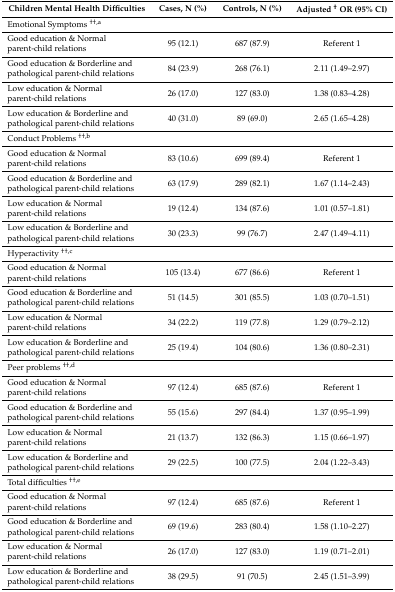
<table><thead><tr><td><b>Children Mental Health Difficulties</b></td><td><b>Cases, N (%)</b></td><td><b>Controls, N (%)</b></td><td><b>Adjusted <sup>†</sup> OR (95% CI)</b></td></tr></thead><tbody><tr><td>Emotional Symptoms <sup>††,a</sup></td><td></td><td></td><td></td></tr><tr><td>Good education &amp; Normal parent-child relations</td><td>95 (12.1)</td><td>687 (87.9)</td><td>Referent 1</td></tr><tr><td>Good education &amp; Borderline and pathological parent-child relations</td><td>84 (23.9)</td><td>268 (76.1)</td><td>2.11 (1.49–2.97)</td></tr><tr><td>Low education &amp; Normal parent-child relations</td><td>26 (17.0)</td><td>127 (83.0)</td><td>1.38 (0.83–4.28)</td></tr><tr><td>Low education &amp; Borderline and pathological parent-child relations</td><td>40 (31.0)</td><td>89 (69.0)</td><td>2.65 (1.65–4.28)</td></tr><tr><td colspan="2">Conduct Problems <sup>††,b</sup></td><td></td><td></td></tr><tr><td>Good education &amp; Normal parent-child relations</td><td>83 (10.6)</td><td>699 (89.4)</td><td>Referent 1</td></tr><tr><td>Good education &amp; Borderline and pathological parent-child relations</td><td>63 (17.9)</td><td>289 (82.1)</td><td>1.67 (1.14–2.43)</td></tr><tr><td>Low education &amp; Normal parent-child relations</td><td>19 (12.4)</td><td>134 (87.6)</td><td>1.01 (0.57–1.81)</td></tr><tr><td>Low education &amp; Borderline and pathological parent-child relations</td><td>30 (23.3)</td><td>99 (76.7)</td><td>2.47 (1.49–4.11)</td></tr><tr><td>Hyperactivity <sup>††,c</sup></td><td></td><td></td><td></td></tr><tr><td>Good education &amp; Normal parent-child relations</td><td>105 (13.4)</td><td>677 (86.6)</td><td>Referent 1</td></tr><tr><td>Good education &amp; Borderline and pathological parent-child relations</td><td>51 (14.5)</td><td>301 (85.5)</td><td>1.03 (0.70–1.51)</td></tr><tr><td>Low education &amp; Normal parent-child relations</td><td>34 (22.2)</td><td>119 (77.8)</td><td>1.29 (0.79–2.12)</td></tr><tr><td>Low education &amp; Borderline and pathological parent-child relations</td><td>25 (19.4)</td><td>104 (80.6)</td><td>1.36 (0.80–2.31)</td></tr><tr><td colspan="3">Peer problems <sup>††,d</sup></td><td></td></tr><tr><td>Good education &amp; Normal parent-child relations</td><td>97 (12.4)</td><td>685 (87.6)</td><td>Referent 1</td></tr><tr><td>Good education &amp; Borderline and pathological parent-child relations</td><td>55 (15.6)</td><td>297 (84.4)</td><td>1.37 (0.95–1.99)</td></tr><tr><td>Low education &amp; Normal parent-child relations</td><td>21 (13.7)</td><td>132 (86.3)</td><td>1.15 (0.66–1.97)</td></tr><tr><td>Low education &amp; Borderline and pathological parent-child relations</td><td>29 (22.5)</td><td>100 (77.5)</td><td>2.04 (1.22–3.43)</td></tr><tr><td>Total difficulties <sup>††,e</sup></td><td></td><td></td><td></td></tr><tr><td>Good education &amp; Normal parent-child relations</td><td>97 (12.4)</td><td>685 (87.6)</td><td>Referent 1</td></tr><tr><td>Good education &amp; Borderline and pathological parent-child relations</td><td>69 (19.6)</td><td>283 (80.4)</td><td>1.58 (1.10–2.27)</td></tr><tr><td>Low education &amp; Normal parent-child relations</td><td>26 (17.0)</td><td>127 (83.0)</td><td>1.19 (0.71–2.01)</td></tr><tr><td>Low education &amp; Borderline and pathological parent-child relations</td><td>38 (29.5)</td><td>91 (70.5)</td><td>2.45 (1.51–3.99)</td></tr></tbody></table>